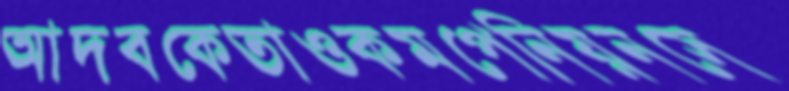
আদবকেতাওকমপেনিয়নসে